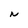
Character: N